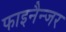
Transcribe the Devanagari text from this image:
फाइनैन्जर